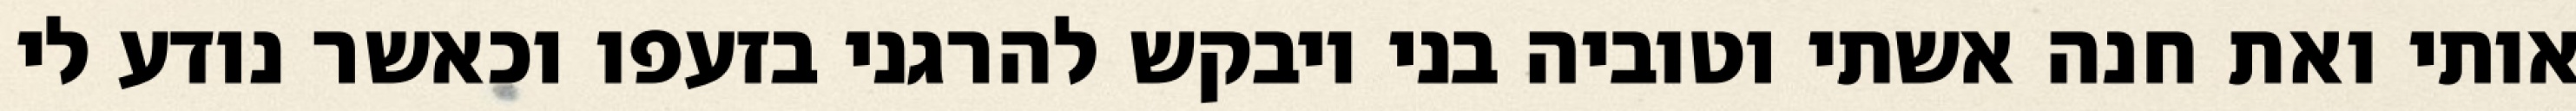
אותי ואת חנה אשתי וטוביה בני ויבקש להרגני בזעפו וכאשר נודע לי